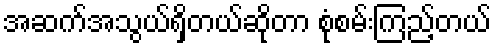
အဆက်အသွယ်ရှိတယ်ဆိုတာ စုံစမ်းကြည့်တယ်